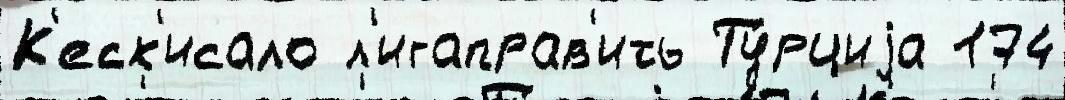
К'еск'исало л'игаправ'ить Ту́рциjа 174